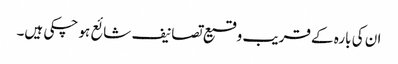
ان کی بارہ کے قریب وقیع تصانیف شائع ہو چکی ہیں۔